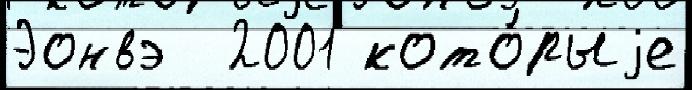
Эонвэ  2001 кото́рыjе